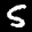
Label: 5